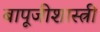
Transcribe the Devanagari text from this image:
बापूजीशास्त्री